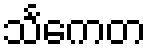
သင်္ကေတ